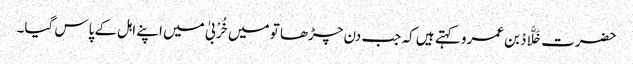
حضرت خَلَّادْ بن عمرو کہتے ہیں کہ جب دن چڑھا تو میں خُرْبیٰ میں اپنے اہل کے پاس گیا۔